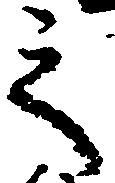
之